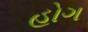
હોગ